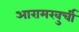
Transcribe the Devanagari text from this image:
आरामखुर्ची